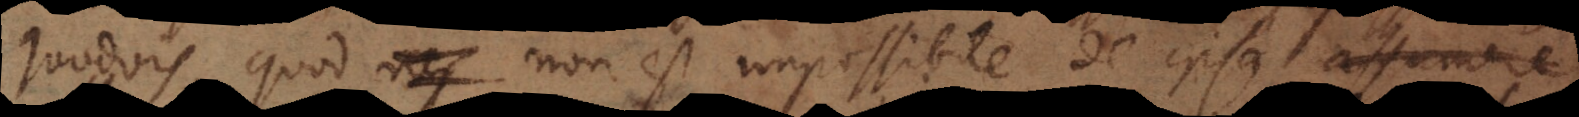
quodvis, quod non est impossibile de ipsa assumere